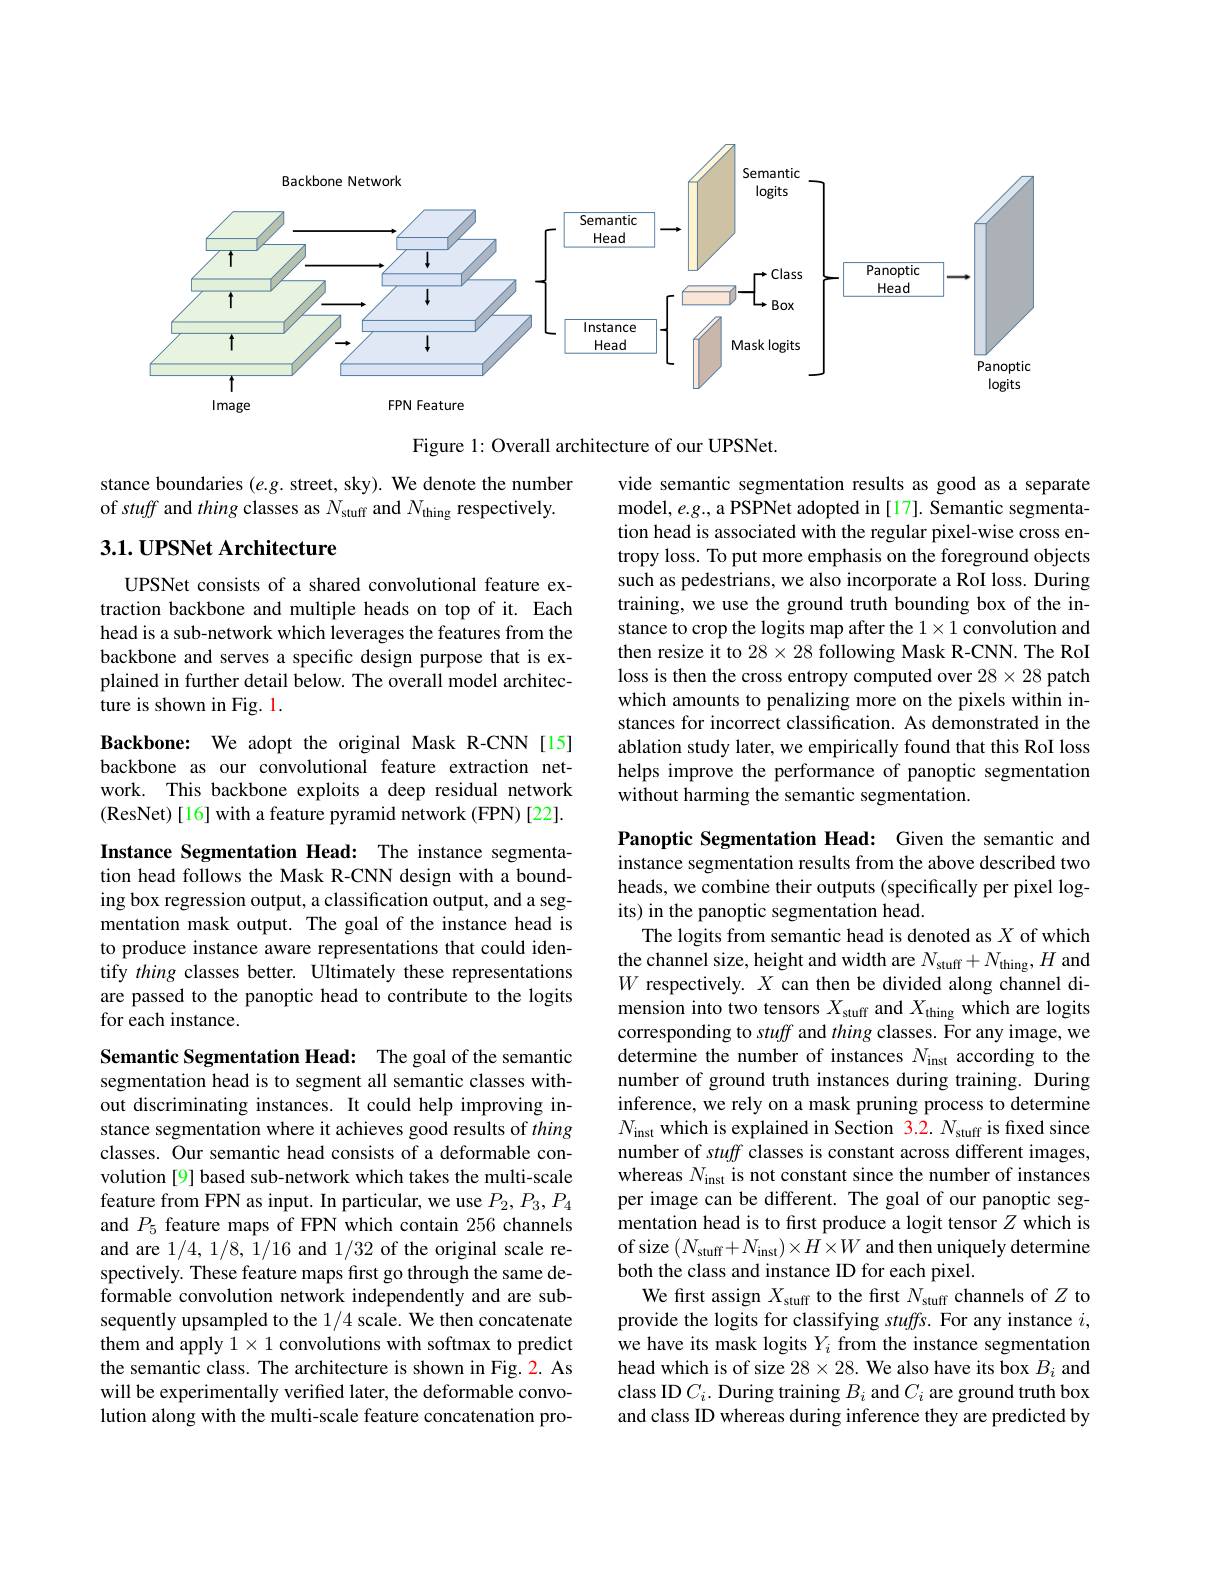
<FigureHere>

Figure 1: Overall architecture of our UPSNet.

stance boundaries $(e.g.$ street, sky). We denote the number of stuff and thing classes as $N_\mathrm{stuff}$ and $N_\mathrm{thing}$ respectively.

## 3.1. UPSNet Architecture

vide semantic segmentation results as good as a separate model, e.g., a PSPNet adopted in [17]. Semantic segmentation head is associated with the regular pixel-wise cross entropy loss. To put more emphasis on the foreground objects such as pedestrians, we also incorporate a RoI loss. During training, we use the ground truth bounding box of the instance to crop the logits map after the $1\times1$ convolution and then resize it to $28\times28$ following Mask R-CNN. The RoI loss is then the cross entropy computed over $28\times28$ patch which amounts to penalizing more on the pixels within instances for incorrect classification. As demonstrated in the ablation study later, we empirically found that this RoI loss helps improve the performance of panoptic segmentation without harming the semantic segmentation.

UPSNet consists of a shared convolutional feature extraction backbone and multiple heads on top of it. Each head is a sub-network which leverages the features from the backbone and serves a specific design purpose that is explained in further detail below. The overall model architecture is shown in Fig. 1.

Backbone: We adopt the original Mask R-CNN[15] backbone as our convolutional feature extraction network. This backbone exploits a deep residual network (ResNet) [ 16] with a feature pyramid network ( FPN) [ 22] .

Instance Segmentation Head: The instance segmentation head follows the Mask R-CNN design with a bounding box regression output, a classification output, and a segmentation mask output. The goal of the instance head is to produce instance aware representations that could identify thing classes better. Ultimately these representations are passed to the panoptic head to contribute to the logits for each instance.

Panoptic Segmentation Head: Given the semantic and instance segmentation results from the above described two heads, we combine their outputs (specifically per pixel logits) in the panoptic segmentation head.
The logits from semantic head is denoted as $X$ of which the channel size, height and width are $N_\mathrm{stuff}+N_\mathrm{thing},H$ and $W$ respectively. $X$ can then be divided along channel dimension into two tensors $X_\mathrm{stuff}$ and $X_\mathrm{thing}$ which are logits corresponding to stuff and thing classes. For any image, we determine the number of instances $N_\mathrm{inst}$ according to the number of ground truth instances during training. During inference, we rely on a mask pruning process to determine $N_{\mathrm{inst}}$ which is explained in Section 3.2. $N_\mathrm{stuff}$ is fixed since number of stuff classes is constant across different images, whereas $N_\mathrm{inst}$ is not constant since the number of instances per image can be different. The goal of our panoptic segmentation head is to first produce a logit tensor $Z$ which is of size $(N_\mathrm{stuff}+N_\mathrm{inst})\times H\times W$ and then uniquely determine both the class and instance ID for each pixel.
We first assign $X_\mathrm{stuff}$ to the first $N_\mathrm{stuff}$ channels of $Z$ to provide the logits for classifying stuffs. For any instance $i$, we have its mask logits $Y_i$ from the instance segmentation head which is of size $28\times28.$ We also have its box $B_i$ and class ID $C_i.$ During training $B_i$ and $C_i$ are ground truth box and class ID whereas during inference they are predicted by

Semantic Segmentation Head: The goal of the semantic segmentation head is to segment all semantic classes without discriminating instances. It could help improving instance segmentation where it achieves good results of thing classes. Our semantic head consists of a deformable convolution [9] based sub-network which takes the multi-scale feature from FPN as input. In particular, we use $P_2,P_3,P_4$ and $P_5$ feature maps of FPN which contain 256 channels and are 1/4,1/8,1/16 and 1/32 of the original scale respectively. These feature maps first go through the same deformable convolution network independently and are subsequently upsampled to the 1/4 scale. We then concatenate them and apply $1\times1$ convolutions with softmax to predict the semantic class. The architecture is shown in Fig. 2. As will be experimentally verified later, the deformable convolution along with the multi-scale feature concatenation pro-